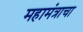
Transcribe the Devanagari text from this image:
महामंत्राचा